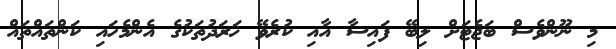
މި ނޫންވެސް ބަޖެޓަށް ލިބޭ ފައިސާ އާއި ކުރެވޭ ޚަރަދުތަކުގެ އެންމެހައި ކަންތައްތައް